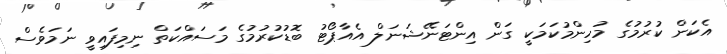
އެކަން ކުރުމުގެ މުހިންމުކަމަކީ ގަން އިންޓަނޭޝަނަލް އެއާޕޯޓު ބޮޑުކުރުމުގެ މަސައްކަތް ނިމިފައިވީ ނަމަވެސް